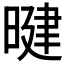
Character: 𪰷